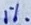
Text: 1%